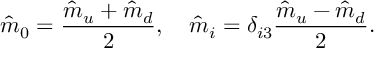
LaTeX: \hat { m } _ { 0 } = \frac { \hat { m } _ { u } + \hat { m } _ { d } } { 2 } , \quad \hat { m } _ { i } = \delta _ { i 3 } \frac { \hat { m } _ { u } - \hat { m } _ { d } } { 2 } .